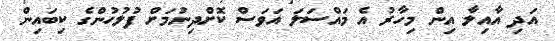
އަދި އާއިލާ އިން މިހާރު އެ މައްސަލަ އަވަސް ކޮށްދިނުމަށް ފުލުހުންގެ ކިބައިން